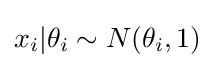
x_{i}|\theta _{i}\sim N(\theta _{i},1)